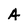
Character: A